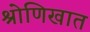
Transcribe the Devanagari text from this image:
श्रोणिखात